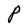
Character: P